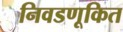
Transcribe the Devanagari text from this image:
निवडणूकित